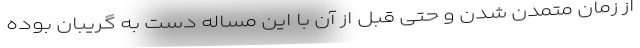
از زمان متمدن شدن و حتی قبل از آن با این مساله دست به گریبان بوده